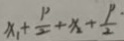
x _ { 1 } + \frac { p } { 2 } + x + \frac { p \cdot } { 2 }